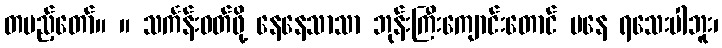
တပည့်တော်။ ။ သင်္ကန်းဝတ်ဖို့ နေနေသာသာ ဘုန်းကြီးကျောင်းတောင် မနေ ရသေးပါဘူး၊